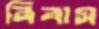
বিবাস